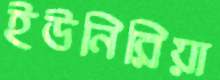
ইউনিরিয়া